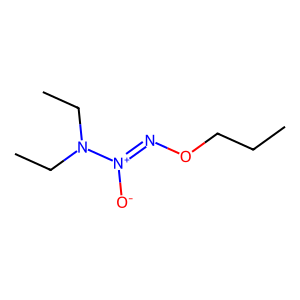
SMILES: CCCON=[N+]([O-])N(CC)CC
Inhibits HIV replication: No